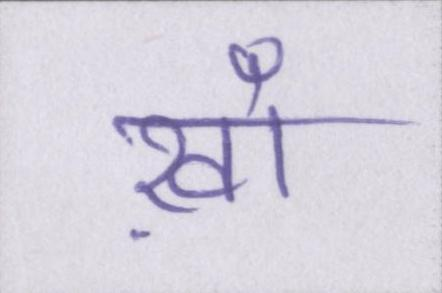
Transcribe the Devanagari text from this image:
ख़ाँ